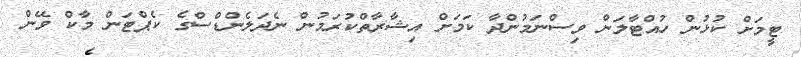
ޓީމަށް ކުޅުން ހުއްޓާލަން ވިސްނަމުންދާ ކަމަށް އިޝާރާތްކުރަމުން ނެދަލެންޑްސްގެ ކެޕްޓަން މާކް ވޭން